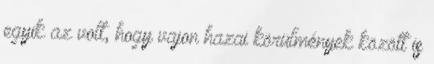
egyik az volt, hogy vajon hazai körülmények között is